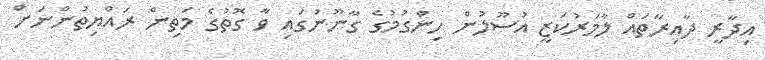
އިދާރީ ދާއިރާތައް ލާމަރުކަޒީ އުސޫލުން ހިންގުމުގެ ގާނޫނުގައި ވާ ގޮތުގެ މަތިން ރައްޔިތުންނަށް